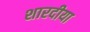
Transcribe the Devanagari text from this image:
शारदीया